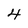
Character: 4